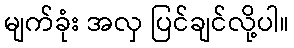
မျက်ခုံး အလှ ပြင်ချင်လို့ပါ။